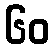
၆၀